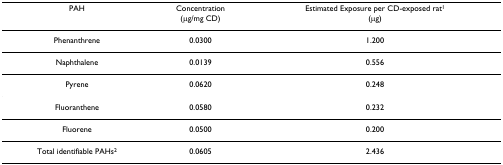
<table><thead><tr><td><b>PAH</b></td><td><b>Concentration(μg/mg CD)</b></td><td><b>Estimated Exposure per CD-exposed rat<sup>1</sup>(μg)</b></td></tr></thead><tbody><tr><td>Phenanthrene</td><td>0.0300</td><td>1.200</td></tr><tr><td>Naphthalene</td><td>0.0139</td><td>0.556</td></tr><tr><td>Pyrene</td><td>0.0620</td><td>0.248</td></tr><tr><td>Fluoranthene</td><td>0.0580</td><td>0.232</td></tr><tr><td>Fluorene</td><td>0.0500</td><td>0.200</td></tr><tr><td>Total identifiable PAHs<sup>2</sup></td><td>0.0605</td><td>2.436</td></tr></tbody></table>